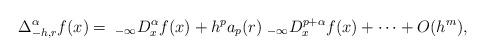
LaTeX: \begin{align*}\Delta_{-h,r}^\alpha f(x) =\;_{-\infty} D_x^\alpha f(x) + h^p a_p(r) \;_{-\infty} D_x^{p+\alpha} f(x)+\cdots + O(h^m),\end{align*}